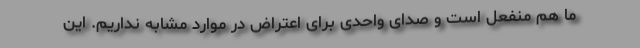
ما هم منفعل است و صدای واحدی برای اعتراض در موارد مشابه نداریم. این